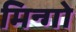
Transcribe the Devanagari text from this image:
मिन्गो